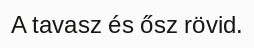
A tavasz és ősz rövid.